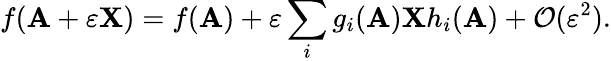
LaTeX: f(\mathbf{A}+\varepsilon\mathbf{X})=f(\mathbf{A})+\varepsilon\sum_{i}g_{i}(\mathbf{A})\mathbf{X}h_{i}(\mathbf{A})+{\mathcal{O}}(\varepsilon^{2}).